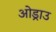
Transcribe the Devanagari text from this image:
ओड्राउ